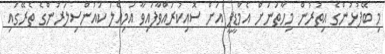
މި ބޭފުޅުންގެ އިތުރުން މިހާތަނަށް އެމްޑީޕީ އަށް ސޮއިކުރައްވާފައިވާ އަމިއްލަ ކައުންސިލަރުންގެ ތެރޭގައި